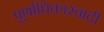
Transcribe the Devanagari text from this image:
पूर्णाधिकारवादी